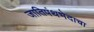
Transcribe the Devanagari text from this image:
जातिपंथभेदाचा